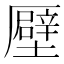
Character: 𠫀